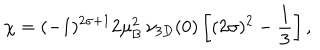
\chi = ( - 1 ) ^ { 2 \sigma + 1 } 2 \mu _ { \mathrm { B } } ^ { 2 } \, \nu _ { 3 D } ( 0 ) \left[ ( 2 \sigma ) ^ { 2 } - \frac { 1 } { 3 } \right] ,